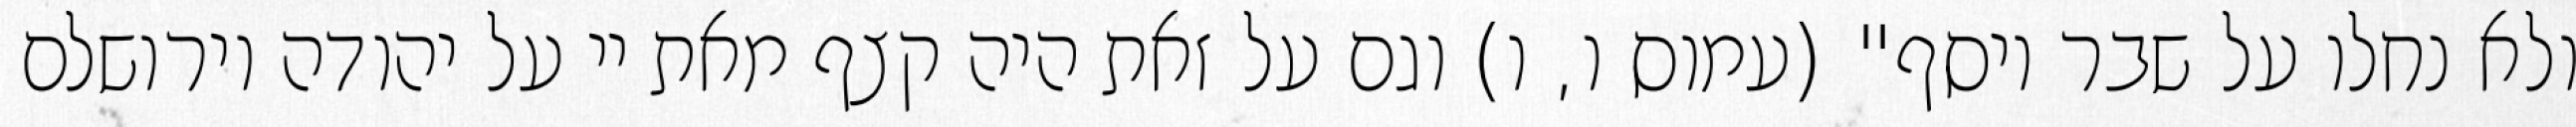
ולא נחלו על שבר יוסף" (עמוס ו, ו) וגם על זאת היה קצף מאת יי על יהודה וירושלם